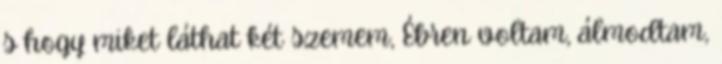
s hogy miket láthat két szemem, Ébren voltam, álmodtam,